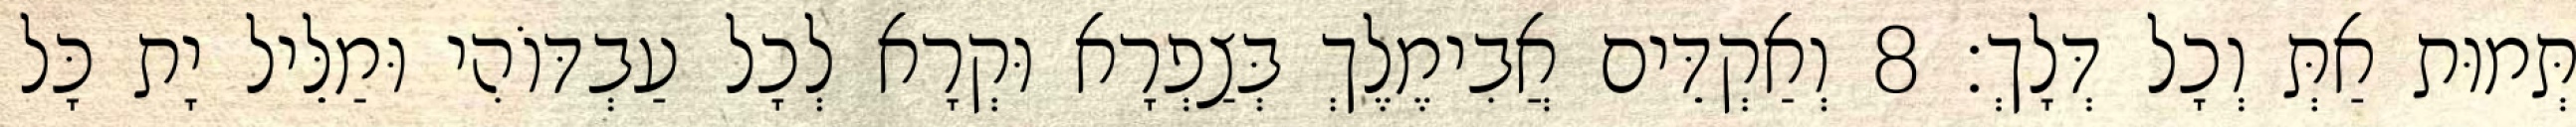
תְּמוּת אַתְּ וְכָל דְּלָךְ׃ 8 וְאַקְדֵּים אֲבִימֶלֶךְ בְּצַפְרָא וּקְרָא לְכָל עַבְדּוֹהִי וּמַלֵּיל יָת כָּל